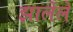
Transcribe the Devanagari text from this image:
झालेंले